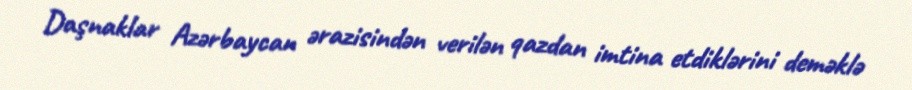
Daşnaklar Azərbaycan ərazisindən verilən qazdan imtina etdiklərini deməklə